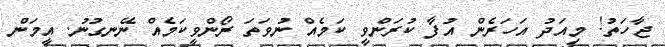
ޖާހަތު! މިއަދު އަހަރެން އުފާ ކުރަންވީ ކަމެއް ނުވަތަ ރޯންވީކަމެއް ނޭނގުނު. އީމަން